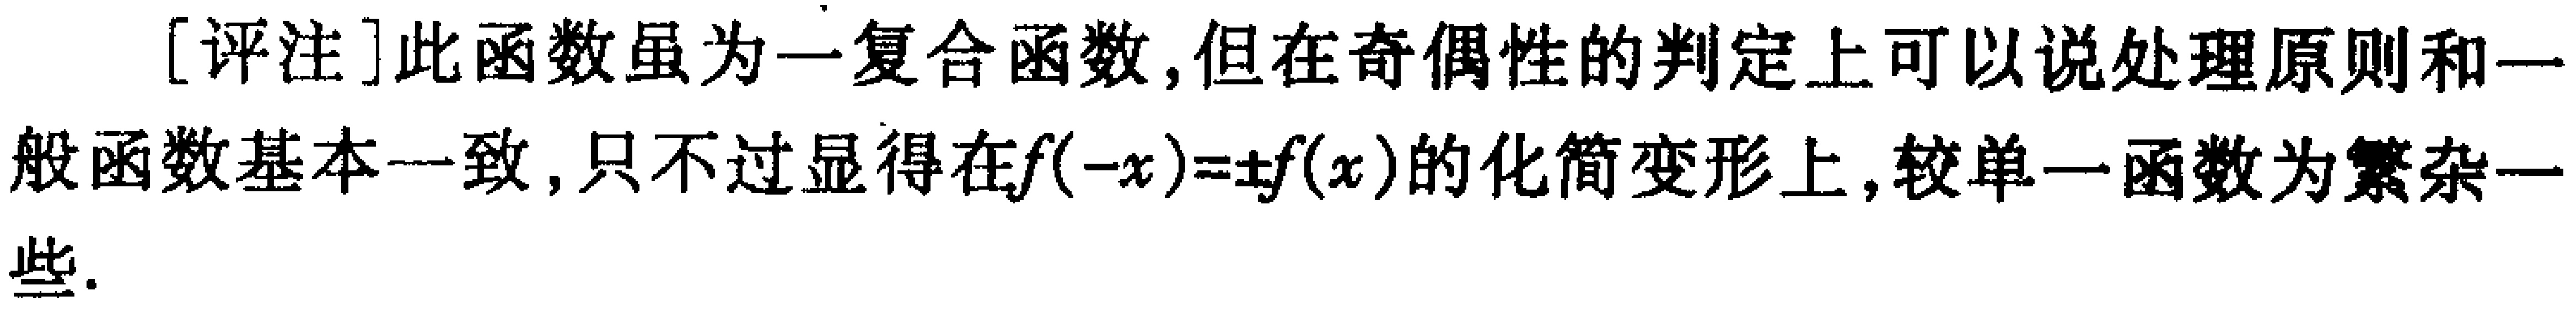
[评注]此函数虽为一复合函数,但在奇偶性的判定上可以说处理原则和一般函数基本一致,只不过显得在\(f(-x)=\pm f(x)\)的化简变形上,较单一函数为繁杂一些.